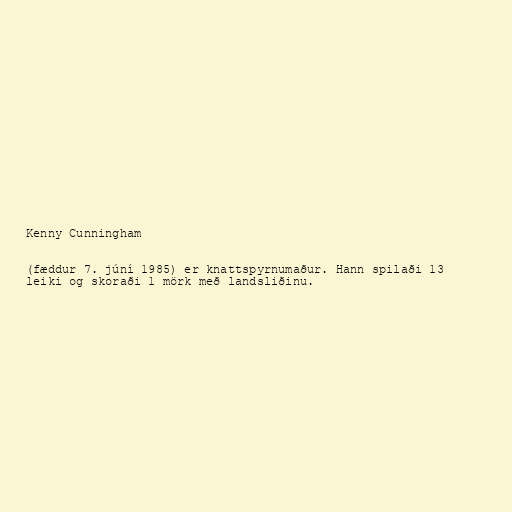
Kenny Cunningham

(fæddur 7. júní 1985) er knattspyrnumaður. Hann spilaði 13
leiki og skoraði 1 mörk með landsliðinu.